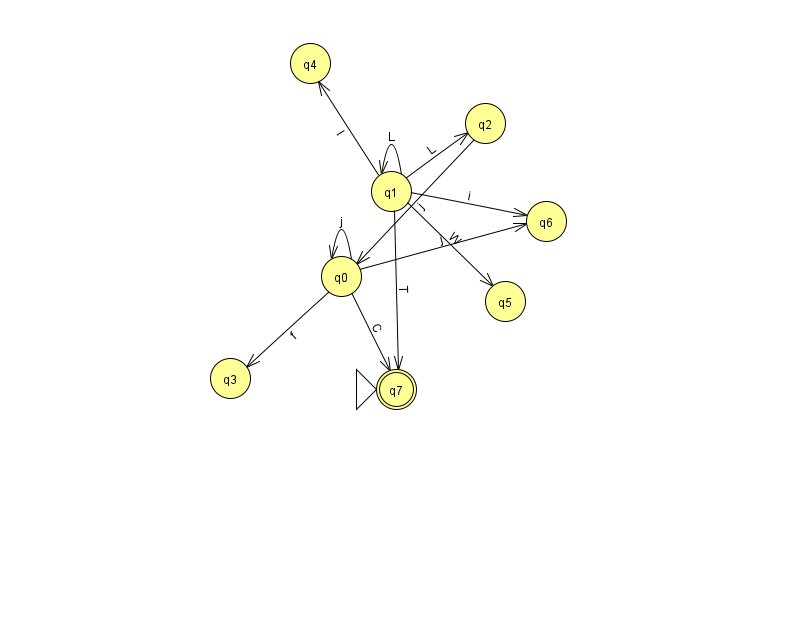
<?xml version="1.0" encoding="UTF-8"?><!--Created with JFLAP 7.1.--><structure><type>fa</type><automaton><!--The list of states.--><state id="0" name="q0"><x>341.0</x><y>263.0</y></state><state id="1" name="q1"><x>391.0</x><y>178.0</y></state><state id="2" name="q2"><x>485.0</x><y>110.0</y></state><state id="3" name="q3"><x>230.0</x><y>365.0</y></state><state id="4" name="q4"><x>310.0</x><y>50.0</y></state><state id="5" name="q5"><x>505.0</x><y>288.0</y></state><state id="6" name="q6"><x>546.0</x><y>208.0</y></state><state id="7" name="q7"><x>396.0</x><y>376.0</y><initial/><final/></state><!--The list of transitions.--><transition><from>1</from><to>6</to><read>i</read></transition><transition><from>1</from><to>4</to><read>l</read></transition><transition><from>0</from><to>3</to><read>f</read></transition><transition><from>0</from><to>7</to><read>C</read></transition><transition><from>2</from><to>0</to><read>j</read></transition><transition><from>0</from><to>6</to><read>j</read></transition><transition><from>0</from><to>0</to><read>j</read></transition><transition><from>1</from><to>2</to><read>L</read></transition><transition><from>1</from><to>7</to><read>T</read></transition><transition><from>1</from><to>1</to><read>L</read></transition><transition><from>1</from><to>5</to><read>W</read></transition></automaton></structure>